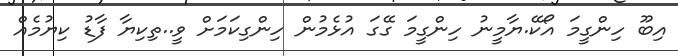
އިބޫ ހިންގީމަ އޯކޭ.ޔާމީނު ހިންގީމަ ގޭގަ އުޅެމުން ހިންގިކަމަށް ވީ..ތިކިޔާ ފާޑު ކިޔުމެއް